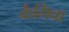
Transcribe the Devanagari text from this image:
कैगिवा